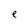
Character: e